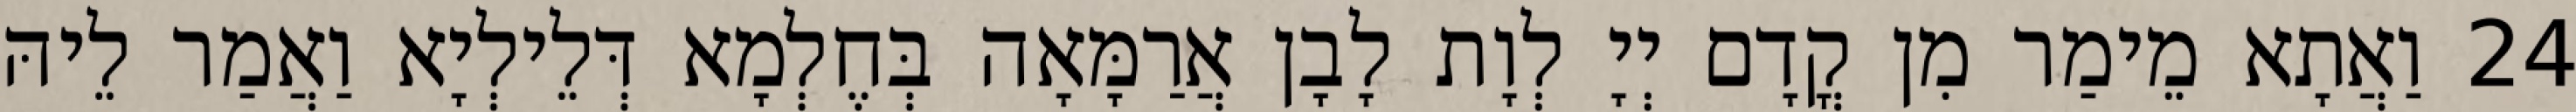
24 וַאֲתָא מֵימַר מִן קֳדָם יְיָ לְוָת לָבָן אֲרַמָּאָה בְּחֶלְמָא דְּלֵילְיָא וַאֲמַר לֵיהּ